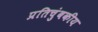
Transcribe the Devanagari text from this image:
प्रतिचुंबकीय